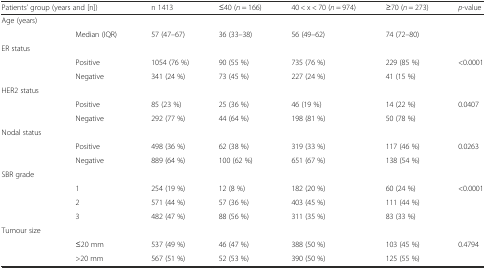
<table><thead><tr><td colspan="2"><b>Patients’ group (years and [n])</b></td><td><b>n 1413</b></td><td><b>≤40 (<i>n</i> = 166)</b></td><td><b>40 &lt; x &lt; 70 (<i>n</i> = 974)</b></td><td><b>≥70 (<i>n</i> = 273)</b></td><td><b><i>p</i>-value</b></td></tr></thead><tbody><tr><td>Age (years)</td><td></td><td></td><td></td><td></td><td></td><td></td></tr><tr><td></td><td>Median (IQR)</td><td>57 (47–67)</td><td>36 (33–38)</td><td>56 (49–62)</td><td>74 (72–80)</td><td></td></tr><tr><td>ER status</td><td></td><td></td><td></td><td></td><td></td><td></td></tr><tr><td></td><td>Positive</td><td>1054 (76 %)</td><td>90 (55 %)</td><td>735 (76 %)</td><td>229 (85 %)</td><td>&lt;0.0001</td></tr><tr><td></td><td>Negative</td><td>341 (24 %)</td><td>73 (45 %)</td><td>227 (24 %)</td><td>41 (15 %)</td><td></td></tr><tr><td>HER2 status</td><td></td><td></td><td></td><td></td><td></td><td></td></tr><tr><td></td><td>Positive</td><td>85 (23 %)</td><td>25 (36 %)</td><td>46 (19 %)</td><td>14 (22 %)</td><td>0.0407</td></tr><tr><td></td><td>Negative</td><td>292 (77 %)</td><td>44 (64 %)</td><td>198 (81 %)</td><td>50 (78 %)</td><td></td></tr><tr><td>Nodal status</td><td></td><td></td><td></td><td></td><td></td><td></td></tr><tr><td></td><td>Positive</td><td>498 (36 %)</td><td>62 (38 %)</td><td>319 (33 %)</td><td>117 (46 %)</td><td>0.0263</td></tr><tr><td></td><td>Negative</td><td>889 (64 %)</td><td>100 (62 %)</td><td>651 (67 %)</td><td>138 (54 %)</td><td></td></tr><tr><td>SBR grade</td><td></td><td></td><td></td><td></td><td></td><td></td></tr><tr><td></td><td>1</td><td>254 (19 %)</td><td>12 (8 %)</td><td>182 (20 %)</td><td>60 (24 %)</td><td>&lt;0.0001</td></tr><tr><td></td><td>2</td><td>571 (44 %)</td><td>57 (36 %)</td><td>403 (45 %)</td><td>111 (44 %)</td><td></td></tr><tr><td></td><td>3</td><td>482 (47 %)</td><td>88 (56 %)</td><td>311 (35 %)</td><td>83 (33 %)</td><td></td></tr><tr><td colspan="2">Tumour size</td><td></td><td></td><td></td><td></td><td></td></tr><tr><td></td><td>≤20 mm</td><td>537 (49 %)</td><td>46 (47 %)</td><td>388 (50 %)</td><td>103 (45 %)</td><td>0.4794</td></tr><tr><td></td><td>&gt;20 mm</td><td>567 (51 %)</td><td>52 (53 %)</td><td>390 (50 %)</td><td>125 (55 %)</td><td></td></tr></tbody></table>